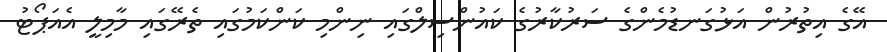
އޭގެ އިތުރުން އަޅުގަނޑުމެންގެ ސަރުކާރުގެ ކައުންސިލްގައި ނިންމި ކަންކަމުގައި ތެރޭގައި މާމިލީ އެއަޕޯޓު